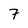
Character: 7